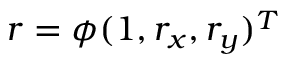
r = \phi ( 1 , r _ { x } , r _ { y } ) ^ { T }